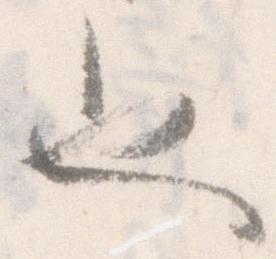
也